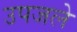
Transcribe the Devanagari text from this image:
उपजले